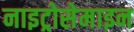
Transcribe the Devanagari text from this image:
नाइट्रोसेमाइन